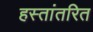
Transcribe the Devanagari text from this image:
हस्‍तांतरित